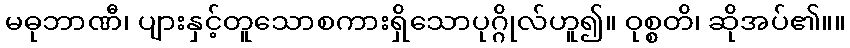
မဓုဘာဏီ၊ ပျားနှင့်တူသောစကားရှိသောပုဂ္ဂိုလ်ဟူ၍။ ဝုစ္စတိ၊ ဆိုအပ်၏။။